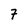
Character: 7